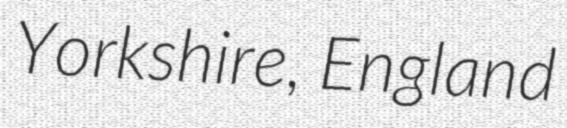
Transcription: Yorkshire, England